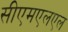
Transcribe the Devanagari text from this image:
सीएमएलएल